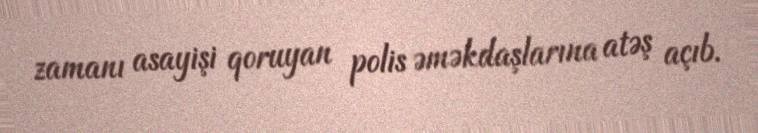
zamanı asayişi qoruyan polis əməkdaşlarına atəş açıb.